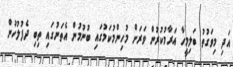
އަދި މިވަގުތު ބަލިމީހާ އަރާމުކުރުން ވަރަށް މުހިންމުކަމުގައި ބުނުމުން އެތަނުގައި ތިބި ދެފުލުހުން